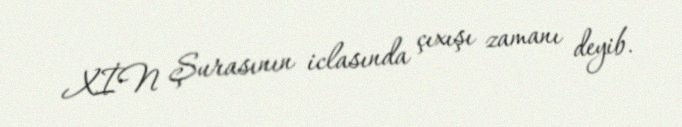
XİN Şurasının iclasında çıxışı zamanı deyib.